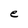
Character: e